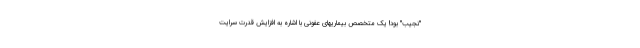
"نجیب" بود! یک متخصص بیماریهای عفونی با اشاره به افزایش قدرت سرایت